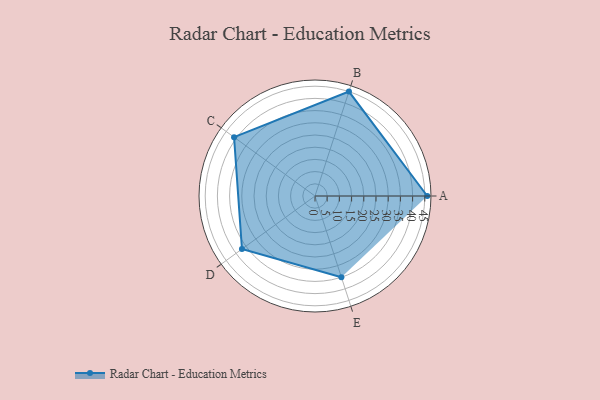
{"axis": {"x": "Skill", "y": "Score"}, "legend": ["Profile"], "data": [{"x": "A", "y": 46.0, "type": "Profile"}, {"x": "B", "y": 45.0, "type": "Profile"}, {"x": "C", "y": 41.0, "type": "Profile"}, {"x": "D", "y": 37.0, "type": "Profile"}, {"x": "E", "y": 35.0, "type": "Profile"}]}